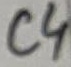
Text: C4